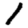
Digit: 1